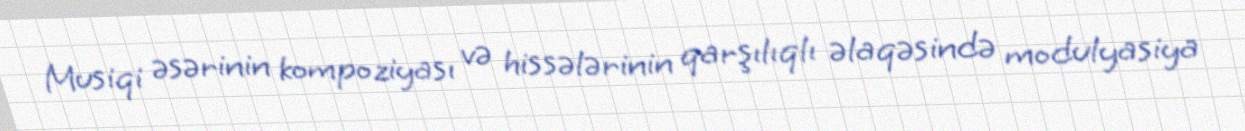
Musiqi əsərinin kompoziyası və hissələrinin qarşılıqlı əlaqəsində modulyasiya